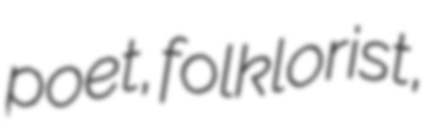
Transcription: poet, folklorist,